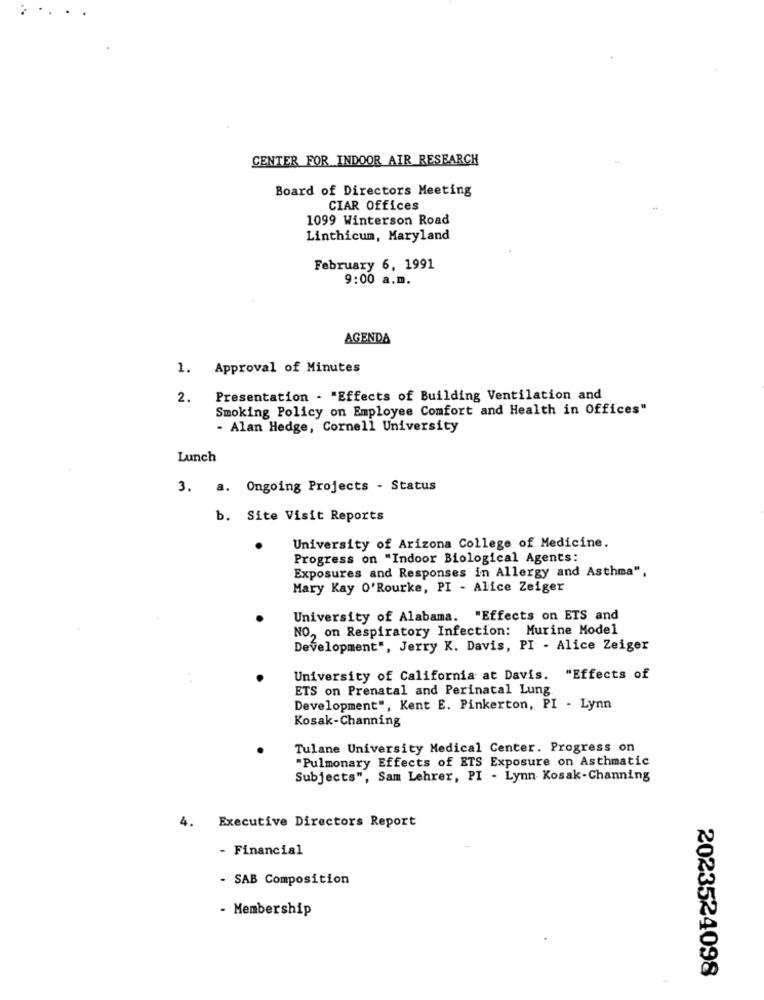
CENTER FOR INDOOR AIR RESEARCH
Board of Directors Meeting
CIAR Offices
1099 Winterson Road
Linthicum, Maryland
February 6, 1991
9:00 a.m.
AGENDA
1. Approval of Minutes
2.
Presentation - "Effects of Building Ventilation and
Smoking Policy on Employee Comfort and Health in Offices"
- Alan Hedge, Cornell University
Lunch
3. a. Ongoing Projects - Status
b. Site Visit Reports
University of Arizona College of Medicine.
Progress on "Indoor Biological Agents:
Exposures and Responses in Allergy and Asthma",
Mary Kay O'Rourke, PI - Alice Zeiger
University of Alabama. "Effects on ETS and
NO, on Respiratory Infection: Murine Model
Development", Jerry K. Davis, PI - Alice Zeiger
University of California at Davis. "Effects of
ETS on Prenatal and Perinatal Lung.
Development", Kent E. Pinkerton, PI - Lynn
Kosak-Channing
Tulane University Medical Center. Progress on
"Pulmonary Effects of ETS Exposure on Asthmatic
Subjects", Sam Lehrer, PI - Lynn Kosak-Channing
Executive Directors Report
4.
- Financial
- SAB Composition
- Membership
2023524098